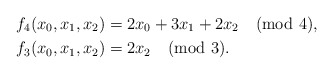
\begin{align*}f_4 (x_0, x_1, x_2) &= 2 x_0 + 3x_1 + 2x_2 \pmod{4}, \\f_3(x_0, x_1, x_2) &= 2 x_2 \pmod{3}.\end{align*}